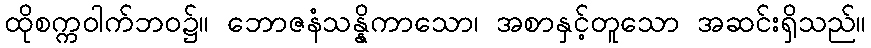
ထိုစက္ကဝါက်ဘဝ၌။ ဘောဇနံသန္နိကာသော၊ အစာနှင့်တူသော အဆင်းရှိသည်။